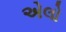
એલો